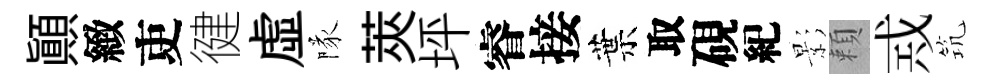
顚緻吏徤虚隊莢坪睿接葉取硯紀影頼𢦶𥬑